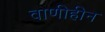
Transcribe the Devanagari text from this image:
वाणीहीन